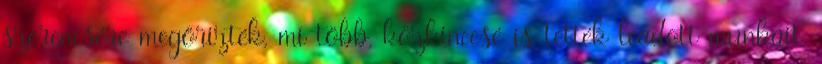
szerencsére megőrizték, mi több, közkinccsé is tették leadott munkáit,